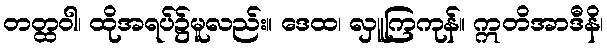
တတ္ထဝါ၊ ထိုအရပ်၌မူလည်း။ ဒေထ၊ လှူကြကုန်။ ဣတိအာဒီနိ၊